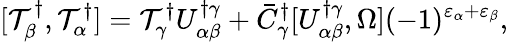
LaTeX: [{\cal T}_{\beta}^{\dagger},{\cal T}_{\alpha}^{\dagger}]={\cal T}_{\gamma}^{\dagger}U_{\alpha\beta}^{\dagger\gamma}+\bar{C}_{\gamma}^{\dagger}[U_{\alpha\beta}^{\dagger\gamma},\Omega](-1)^{\varepsilon_{\alpha}+\varepsilon_{\beta}},